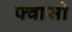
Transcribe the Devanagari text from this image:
फ्वासो